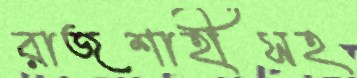
রাজশাহীসহ